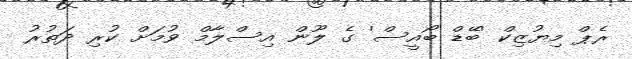
ރެޕް މިޔުޒިކް 'ބޭޑް ބޯއީސް' ގެ ލޫން އިސްލާމް ވުމަށް ކުރި ދަތުރު